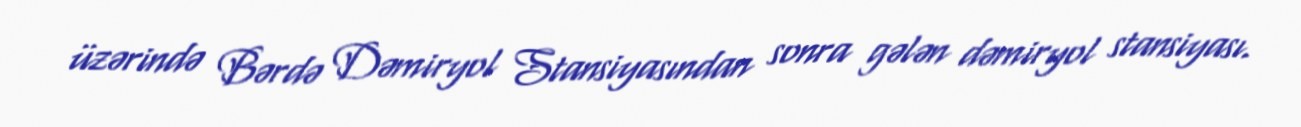
üzərində Bərdə Dəmiryol Stansiyasından sonra gələn dəmiryol stansiyası.